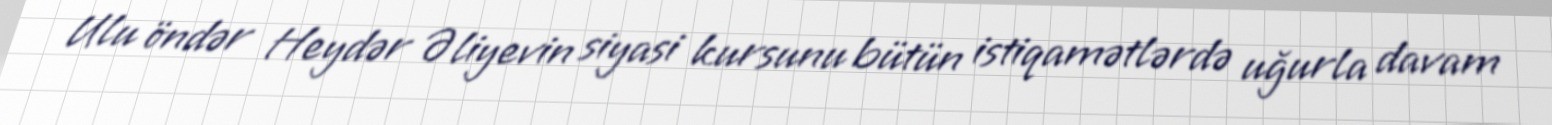
Ulu öndər Heydər Əliyevin siyasi kursunu bütün istiqamətlərdə uğurla davam